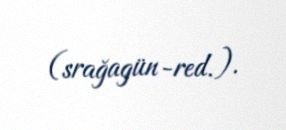
(srağagün-red.).